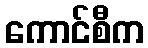
ကောင်စီက